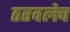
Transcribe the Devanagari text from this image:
ठरवलेच